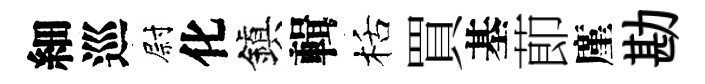
細巡尉化鎭輯栝買基莭廑勘